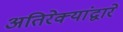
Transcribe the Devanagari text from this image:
अतिरेक्यांद्वारे